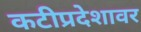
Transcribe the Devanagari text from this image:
कटीप्रदेशावर